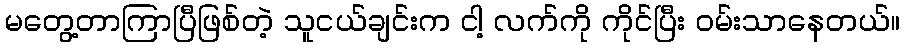
မတွေ့တာကြာပြီဖြစ်တဲ့ သူငယ်ချင်းက ငါ့ လက်ကို ကိုင်ပြီး ဝမ်းသာနေတယ်။